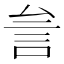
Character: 𰴨